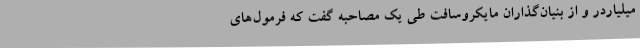
میلیاردر و از بنیان‌گذاران مایکروسافت طی یک مصاحبه گفت که فرمول‌های